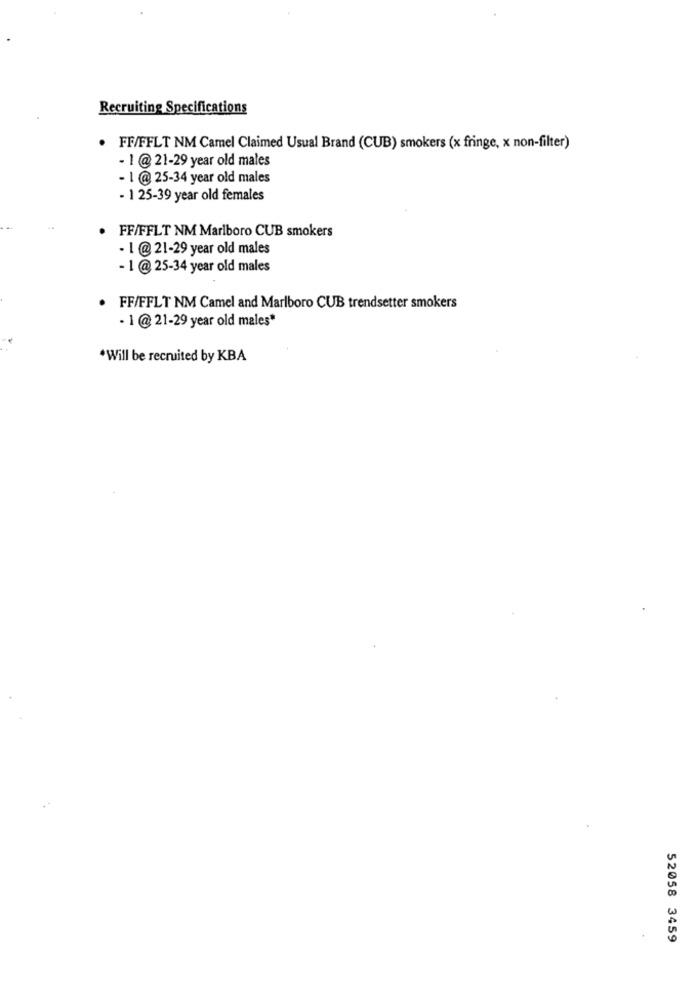
Recruiting Specifications
FF/FFLT NM Camel Claimed Usual Brand (CUB) smokers (x fringe, x non-filter)
- 1 @ 21-29 year old males
- 1 @ 25-34 year old males
- 1 25-39 year old females
FF/FFLT NM Marlboro CUB smokers
- 1 @ 21-29 year old males
- 1 @ 25-34 year old males
FF/FFLT NM Camel and Marlboro CUB trendsetter smokers
- 1 @ 21-29 year old males*
*Will be recruited by KBA
52058 3459